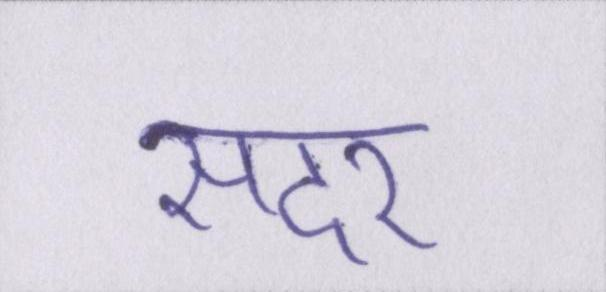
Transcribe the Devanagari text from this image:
सदर